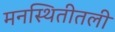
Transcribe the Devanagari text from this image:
मनस्थितीतली